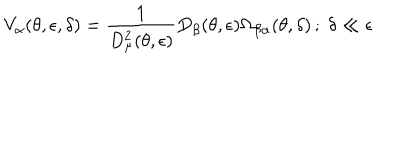
LaTeX: V _ { \alpha } ( \theta , \epsilon , \delta ) = \frac { 1 } { D _ { \mu } ^ { 2 } ( \theta , \epsilon ) } D _ { \beta } ( \theta , \epsilon ) \Omega _ { \beta \alpha } ( \theta , \delta ) \, ; \; \delta \ll \epsilon